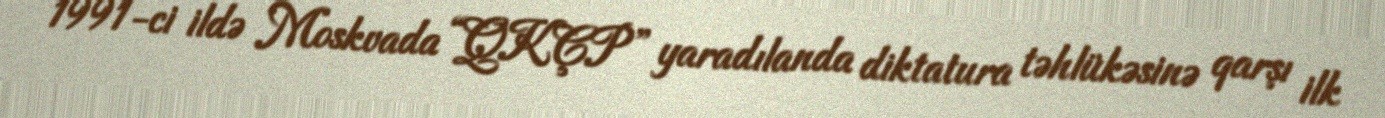
1991-ci ildə Moskvada “QKÇP” yaradılanda diktatura təhlükəsinə qarşı ilk